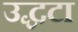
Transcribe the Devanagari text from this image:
उद्धटा